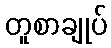
တူစာချုပ်